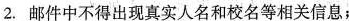
2. 邮件中不得出现真实人名和校名等相关信息;